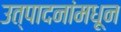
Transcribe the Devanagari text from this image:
उत्पादनांमधून